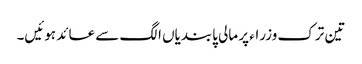
تین ترک وزراء پر مالی پابندیاں الگ سے عائد ہوئیں۔